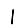
Digit: 1